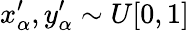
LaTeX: x_{\alpha}^{\prime},y_{\alpha}^{\prime}\sim U[0,1]